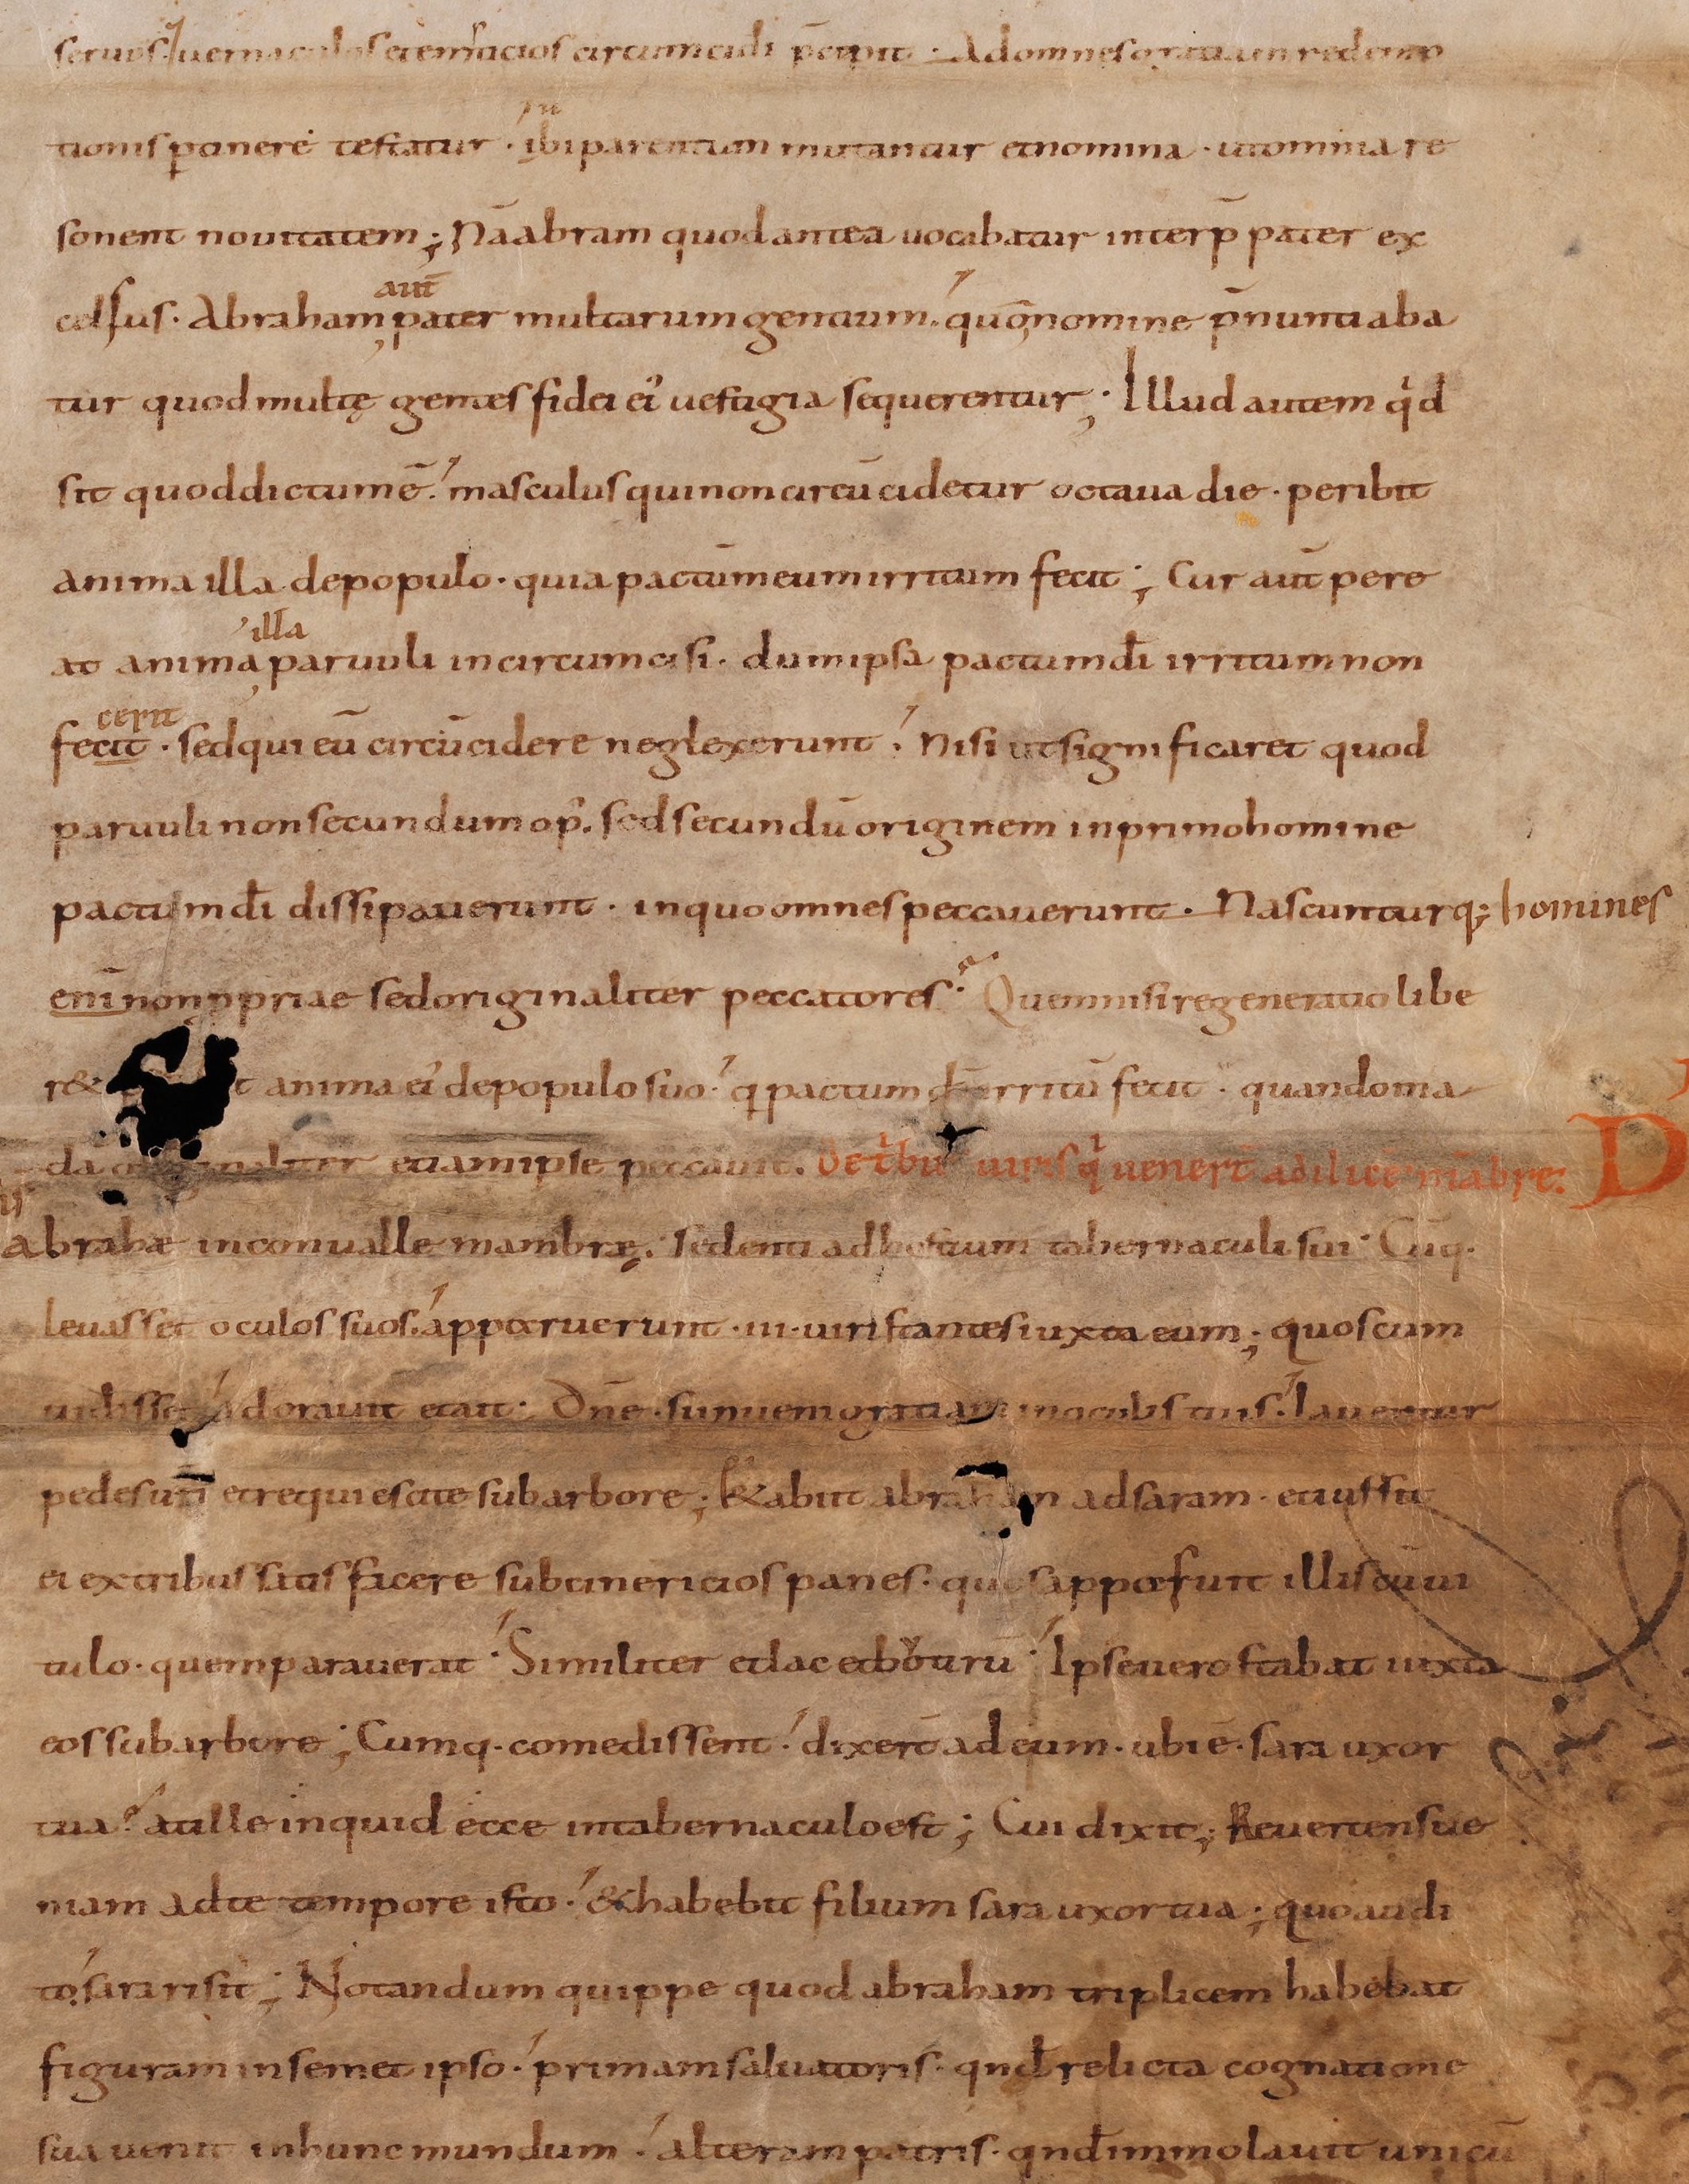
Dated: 895–935